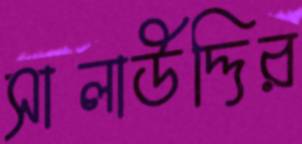
সালাউদ্দির